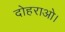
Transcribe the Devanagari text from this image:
दोहराओ।